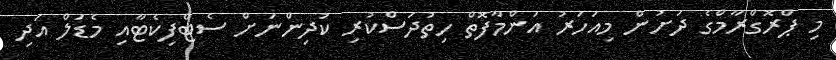
މި ޕްރޮގްރާމްގެ ދަށުން މިއަހަރު އަންމާފޮތް ހިތުދަސްކުރި ކުދިންނަށް ސެޓްފިކެޓާއި މެޑަލް އަދި